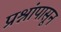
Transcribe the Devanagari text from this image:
प्रश्नांपासून